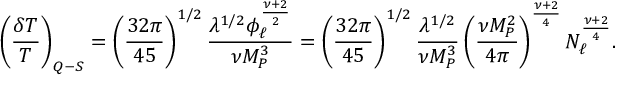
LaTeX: \left( \frac { \delta T } { T } \right) _ { Q - S } = \left( \frac { 3 2 \pi } { 4 5 } \right) ^ { 1 / 2 } \frac { \lambda ^ { 1 / 2 } \phi _ { \ell } ^ { \frac { \nu + 2 } { 2 } } } { \nu M _ { P } ^ { 3 } } = \left( \frac { 3 2 \pi } { 4 5 } \right) ^ { 1 / 2 } \frac { \lambda ^ { 1 / 2 } } { \nu M _ { P } ^ { 3 } } \left( \frac { \nu M _ { P } ^ { 2 } } { 4 \pi } \right) ^ { \frac { \nu + 2 } { 4 } } N _ { \ell } ^ { \frac { \nu + 2 } { 4 } } .